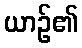
ယာဉ်၏